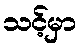
သင့်မှာ